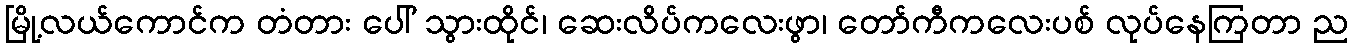
မြို့လယ်ကောင်က တံတား ပေါ် သွားထိုင်၊ ဆေးလိပ်ကလေးဖွာ၊ တော်ကီကလေးပစ် လုပ်နေကြတာ ည